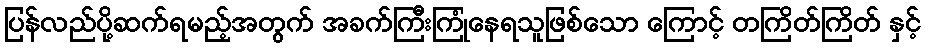
ပြန်လည်ပို့ဆက်ရမည့်အတွက် အခက်ကြီးကြုံနေရသူဖြစ်သော ကြောင့် တကြိတ်ကြိတ် နှင့်